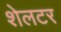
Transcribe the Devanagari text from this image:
शेलटर